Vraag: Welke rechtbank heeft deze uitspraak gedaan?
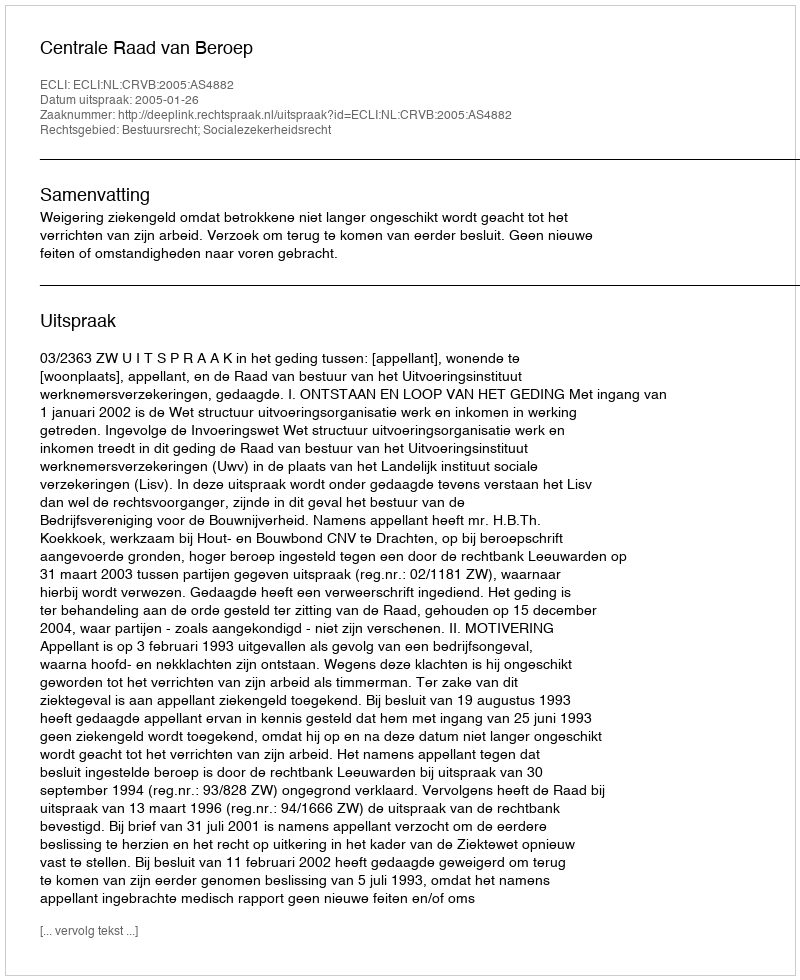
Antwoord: Centrale Raad van Beroep